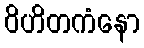
ဝိဟိတကံနော